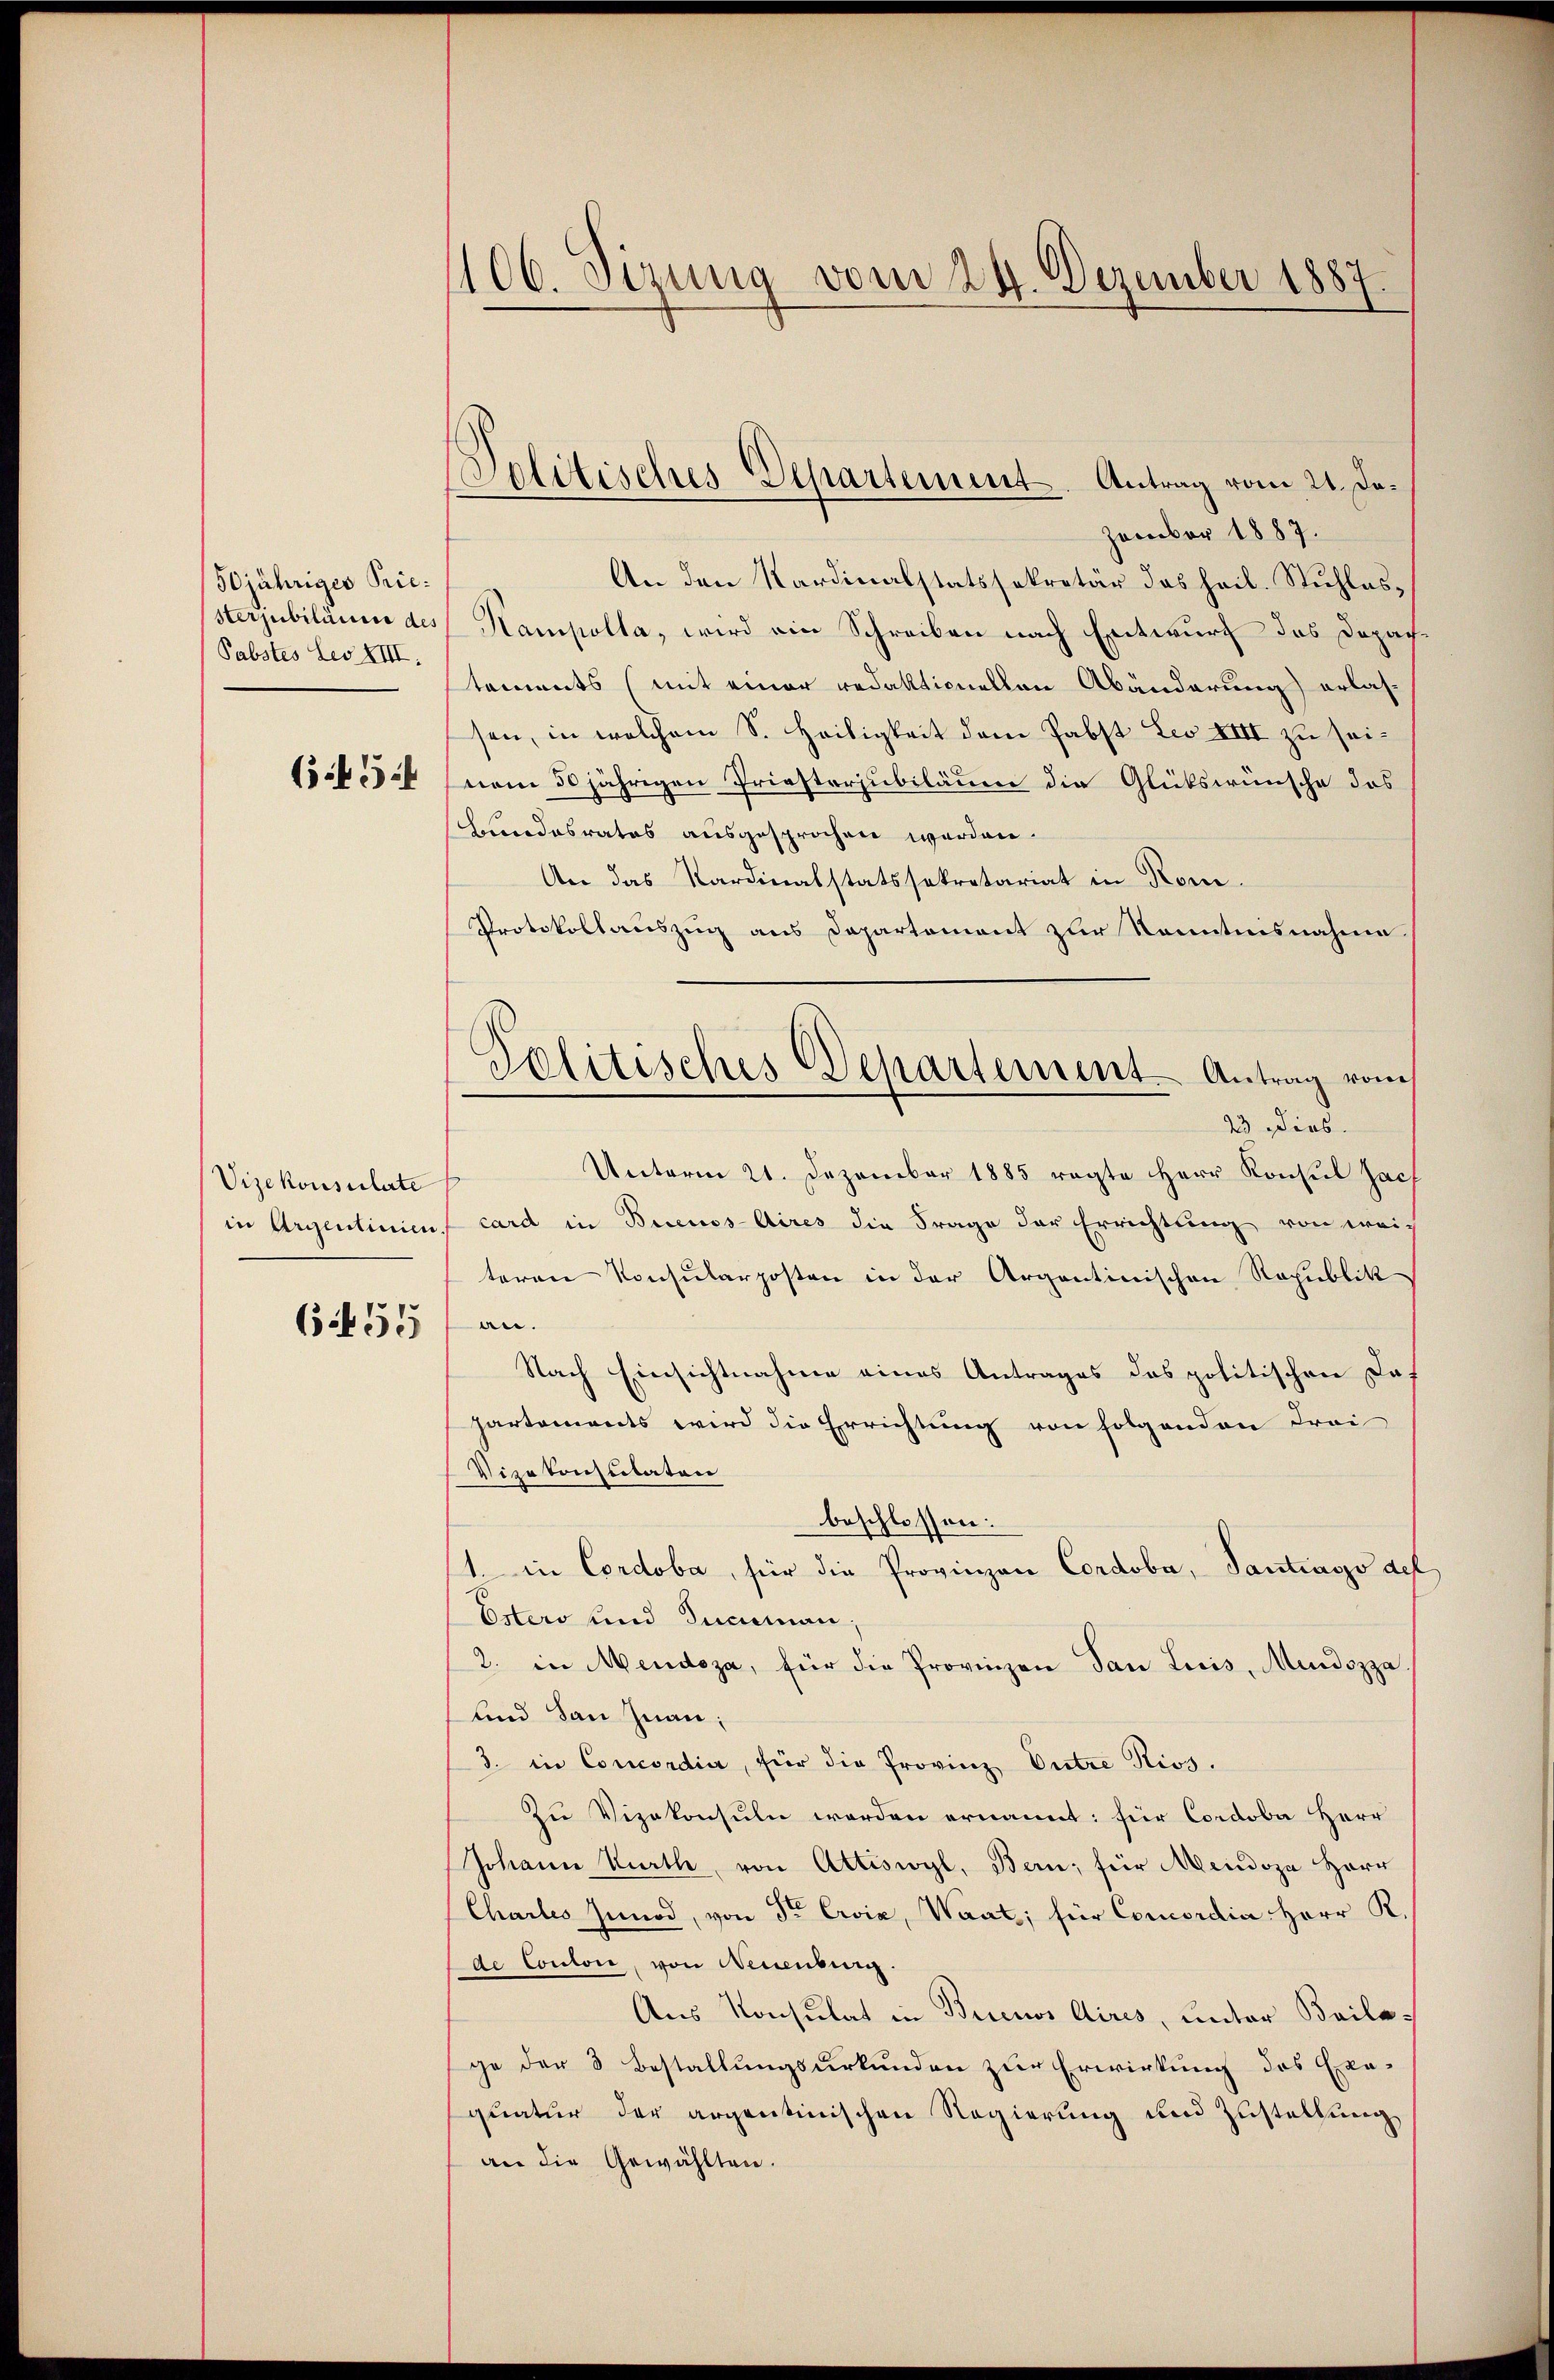
50jähriges Priesterjubiläume des
Pabstes Leo XIII.

645.

Vizekonsulate
655

1106. Sizung vom 24. Dezember 1887.

zember 1887.
An den Kardinalstatssekretär das heil. Stŭhlos¬
Kampolla, wird ein Schreiben nach Entwurf das Depachtements (mit einer redaktionellen Abänderung) erlassen, in welchem S. Heiligkeit dem Pabst Leo XIII zu sei¬
(vom 50 jährigen Priesterjubiläuen die Glükswünsche das
Bundesrates ausgesprochen werden.
An das Kardinalstatssekretariat in Rom.
Protokollauszug aus Departement zur Kenntnisnahme.
23 dies.
Unterm 21. Dezember 1885 ragte Herr Konsul Zach
in Argentinie card in Buenos-Aires die Frage der Errichtung von weis
teren Konsularposten in der Argontinischen Republik
an.
Nach Einsichtnahme eines Antrages das politischen La-
partements wird die Errichtung von folgenden Frei
Vizekonscitaten
beschlossen:
1. in Cordoba, für die Provinzen Cordoba, Santiasso del
Esters und Ducaman,
2. in Mendoza, für die Provinzen San Luis, Murdozza
und San Inan;
3. in Concordia, für die Provinz Untre Kios.
Zu Vizekonsuln werden ernannt: für Cordoba Herr
Johann Kurth, von Attiswyl, Bern, für Mendoza Herr
Charles Innod, von Sr Evia, Waat; für Concordia Herr R
de Conton, von Neuenburg.
Aus Konsulat in Buenos Aires, unter Beilage der 3 Bestallungsurkunden zur Erwirkung des Exequatur der argentinischen Regierung und Zustellung
an die Gewählten.

.
Politisches Departement. Antrag vom 21. De¬

Politisches Departement. Antrag vom